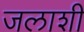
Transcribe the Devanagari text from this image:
जलाशी